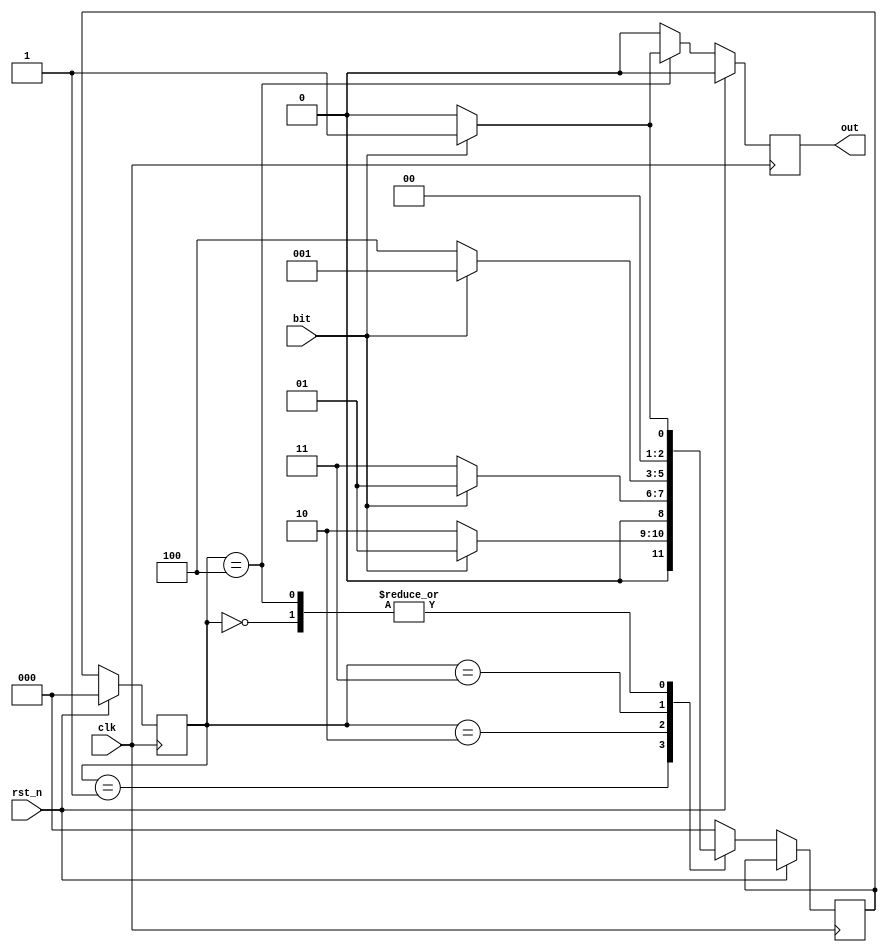
module fsm_module(

    input clk,  //clock
    input rst_n,//reset
    input bit,  //test bit
    output out  //output signal
);

parameter A = 3'b000,   //5 states for 5 bits
          B = 3'b001,   
          C = 3'b010,
          D = 3'b011,
          E = 3'b100;
          
reg test_bit;           //sequence is 10001
reg[2:0] next_state;    //next state reg
reg [2:0] state;        //current state reg
reg out_seq;            //output reg

always @ (posedge clk) begin
    test_bit = bit; //put value of input bit into test_bit register
    if(rst_n == 1'b1)
        out_seq <=1'b0;
    else begin
        case(state)
            A : if(test_bit == 1'b1)begin
                    next_state = B; //if 1 go to B first digit 1
                    out_seq <= 1'b0; //output 0
                    end
                else begin
                    next_state = A; //stay at current state
                    out_seq <=1'b0;
                    end
            B : if(test_bit == 1'b0)begin
                    next_state = C; //if 0 go to C, sequence so far: 10
                    out_seq <= 1'b0; //output 0
                    end
                else begin
                    next_state = B; //stay at current state
                    out_seq <= 1'b0;
                    end
            C : if(test_bit == 1'b0)begin
                    next_state = D; //if 0 go to D, sequence so far: 100
                    out_seq <= 1'b0; //output 0
                    end
                else begin
                    next_state = B; //go back to B
                    out_seq <= 1'b0;
                    end
            D : if(test_bit == 1'b0)begin
                    next_state = E; //if 0 go to E, sequence so far: 1000
                    out_seq <= 1'b0; //output 0
                    end
                else begin
                    next_state = B; //go back to B
                    out_seq <= 1'b0;
                    end
            E : if(test_bit == 1'b1)begin
                    next_state = B; //if 1 go to B, sequence so far: 10001
                    out_seq <= 1'b1; //output 1
                    end
                else begin
                    next_state = A; //go back to A, sequence broken cannot be fixed or continued .. start again
                    out_seq <= 1'b0;
                    end
            default : begin
                    next_state = A; //if in doubt start at the beginning 
                    out_seq <= 1'b0;
                    end
             endcase
      end
end


always @ (posedge clk) begin
    if (rst_n == 1'b1) begin
        state = A;
        end
    else begin
        state <= next_state;
        end 
    end
assign out = out_seq;
endmodule